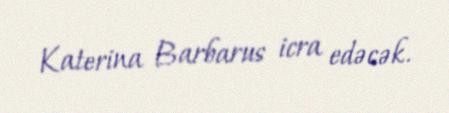
Katerina Barbarus icra edəcək.